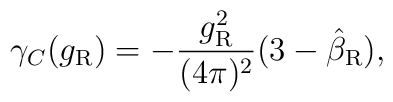
\gamma_C(g_{\rm R}) =-\frac{g_{\rm R}^2}{(4\pi)^2}  (3-\hat\beta_{\rm R}),